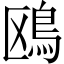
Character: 鴎